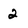
Character: 2